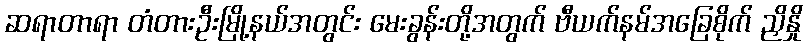
ဆရာတာရာ တံတားဦးမြို့နယ်အတွင်း မေးခွန်းတို့အတွက် ဗီယက်နမ်အခြေစိုက် ညှိနှို